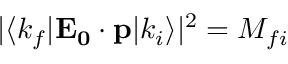
| \langle k _ { f } | \mathbf { E _ { 0 } } \cdot \mathbf { p } | k _ { i } \rangle | ^ { 2 } = M _ { f i }